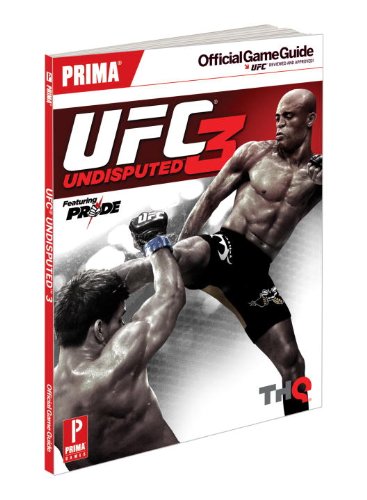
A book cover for UFC Undisputed 3: Prima Official Game Guide (Prima Official Game Guides); Stephen Stratton; Humor & Entertainment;